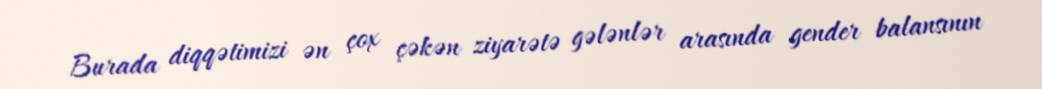
Burada diqqətimizi ən çox çəkən ziyarətə gələnlər arasında gender balansının